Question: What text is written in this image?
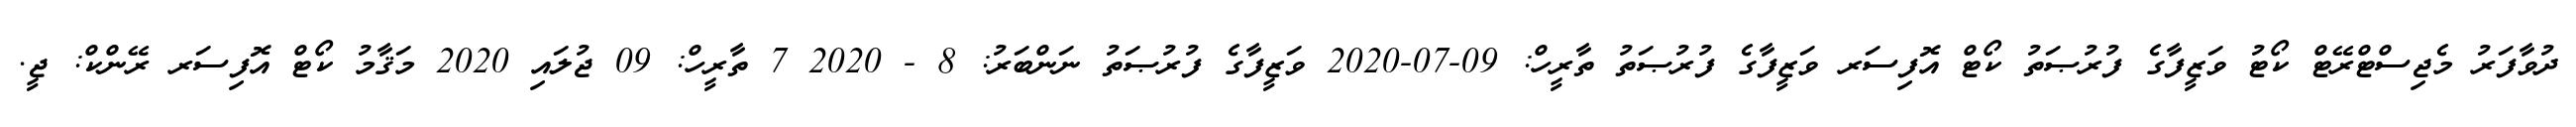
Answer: ދުވާފަރު މެޖިސްޓްރޭޓް ކޯޓު ވަޒީފާގެ ފުރުޞަތު ކޯޓް އޮފިސަރ ވަޒީފާގެ ފުރުޞަތު ތާރީހް: 09-07-2020 ވަޒީފާގެ ފުރުޞަތު ނަންބަރު: 8 - 2020 7 ތާރީހް: 09 ޖުލައި 2020 މަޤާމު ކޯޓް އޮފިސަރ ރޭންކް: ޖީ.